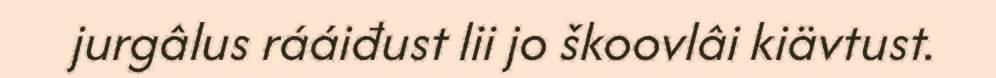
jurgâlus rááiđust lii jo škoovlâi kiävtust.